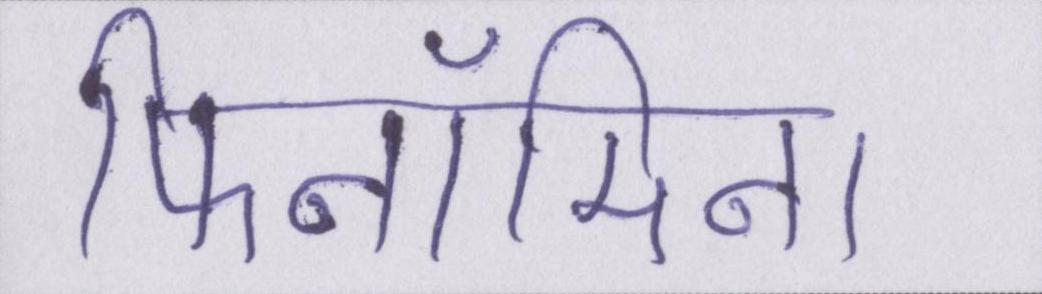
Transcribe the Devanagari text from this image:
फिनॉमिना